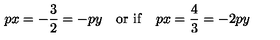
p x = - \frac { 3 } { 2 } = - p y \quad \mathrm { o r \ i f } \quad p x = \frac { 4 } { 3 } = - 2 p y